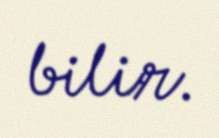
bilir.